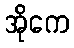
အိုကေ